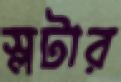
স্লটার